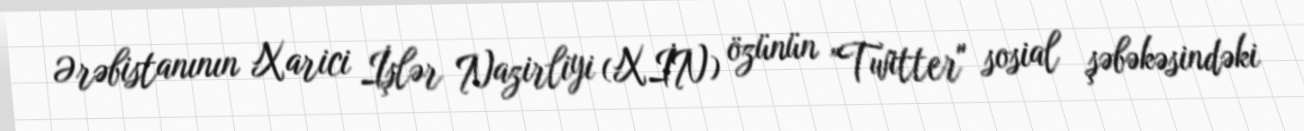
Ərəbistanının Xarici İşlər Nazirliyi (XİN) özünün "Twitter" sosial şəbəkəsindəki